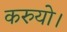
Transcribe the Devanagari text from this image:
करुयो।